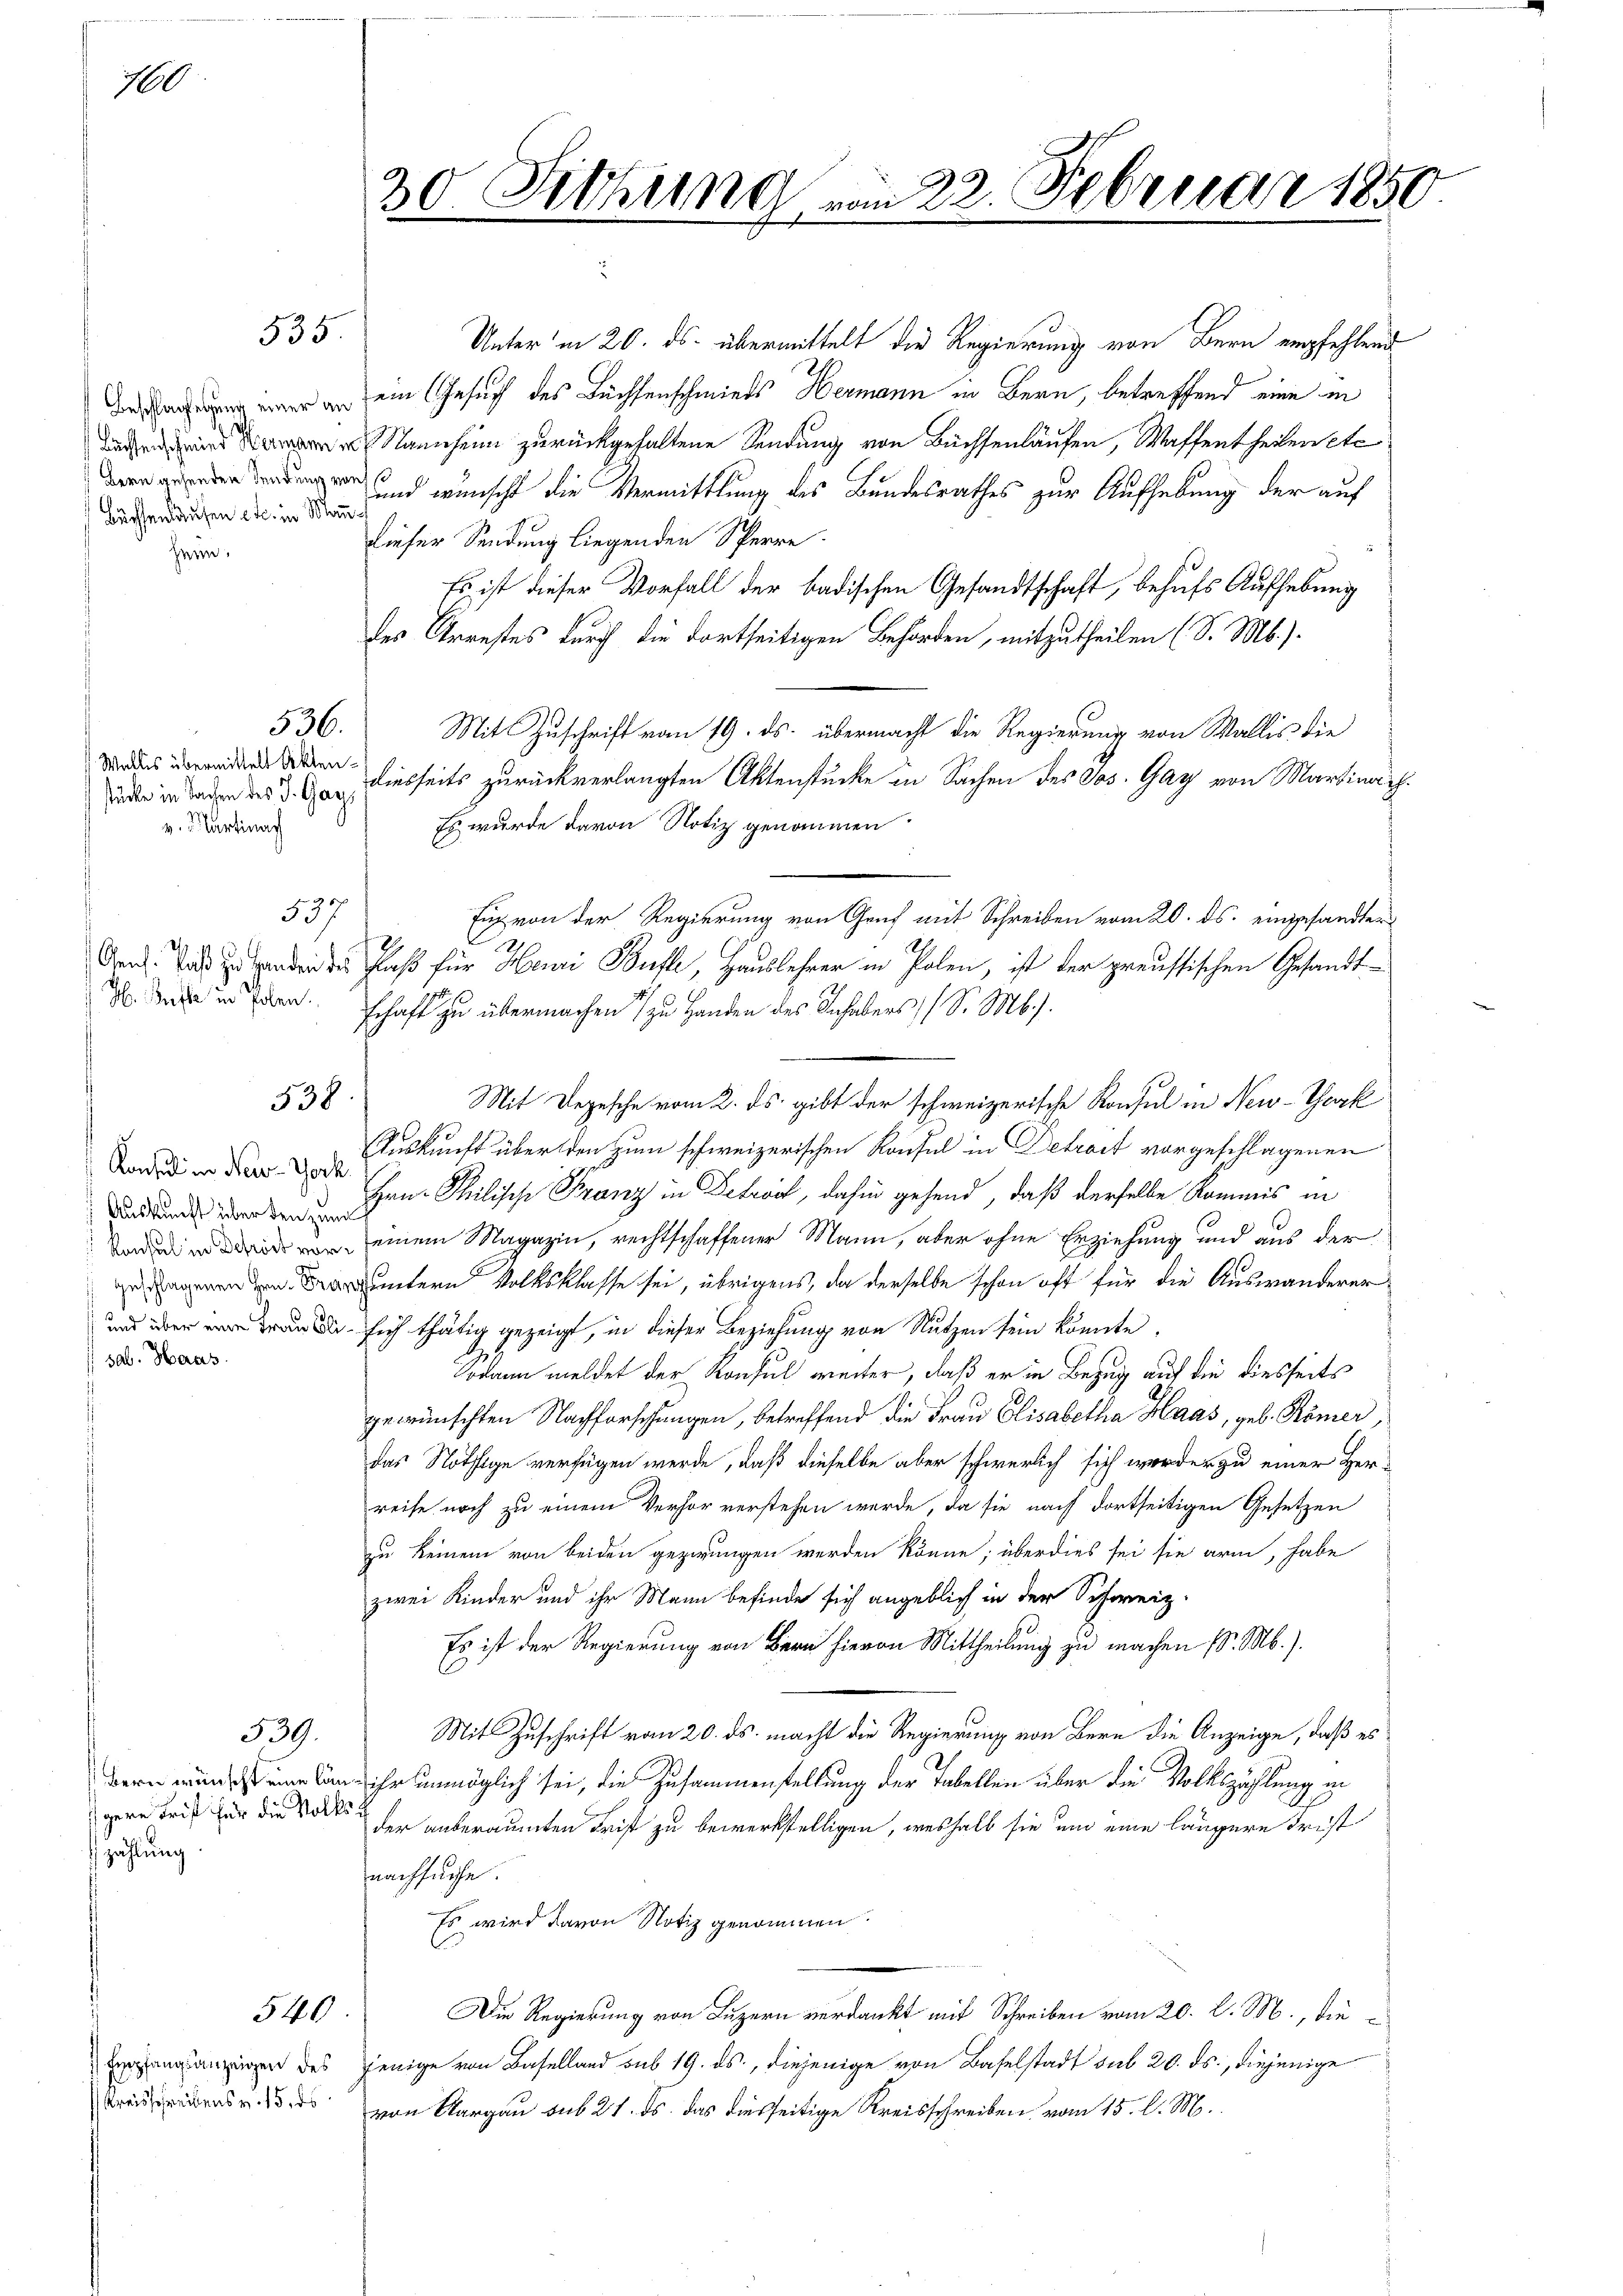
10

Beschlaglegung einer an
lassenschmied Hermann in
Büchsenlaufen etc. in Mann

536.
 Wallis übermittelt Aktenstücke in Sachen des J. Gays
v. Partinach

537
Osent. Daß zu Handen des

hei

sal. Haas

zählung

535.

538

Konsul in New-York
Auskunft über den zum

gere Frist für die Volksg

539.

540

Kreisschreibens v. 15. ds

.

o Fittima vom 22. Februar 1850.

Mit Depesche vom 2. ds. gibt der schweizerische Konsul in New-York

Unter in 20. ds. übermittelt die Regierung von Bern empfehlend
ein Gesuch des Buchsenschmieds Hermann in Bern, betreffend eine in
Nannheim zurückgehaltene Sendung von Büchsenlaufen, Waffentheilen etc
diger und wünscht die Vermittlung des Bundesrathes zur Aufhebung der auf
dieser Sendung liegenden Sperre.
Es ist dieser Vorfall der badischen Gesandtschaft, behufs Aufhebung
des Arrestes durch die dortseitigen Behörden, mitzutheilen (S. Mb.).
Mit Zuschrift vom 19. ds. übermacht die Regierung von Wallis die
diesseits zurückverlangten Aktenstücke in Sachen des Jos. Gay von Martinach.
Es wurde davon Notiz genommen.
Euch von der Regierung von Genf mit Schreiben vom 20. ds. eingesandter
.
Kaß für Heinri Bühle, Hauslehrer in Polen, ist der preussischen Gesandt¬
 den in Jahren. Schaft zu übermachen) zu Handen des Inhabers (S. Mb.).
Auskunft über den zum schweizerischen Konsul in Detract vorgeschlagenen
Hrn. Philische Franz in Betract, dahin gehend, daß derselbe Kommis in
 in einem Magazin, rechtschaffener Mann, aber ohne Erziehung und aus der
 intern Volksklasse sei, übrigens, da derselbe schon oft für die Auswanderer
 sich thätig gezeigt, in dieser Beziehung von Nutzen sein könnte.
Sodann meldet der Konsul weiter, daß er in Bezug auf die diesseits
gewünschten Nachforschungen, betreffend die Frau Elisabetha Haas, geb. Römer,
das Nöthige verfügen werde, daß dieselbe aber schwerlich sich worden zu einer Herreise noch zu einem Verhör verstehen werde, da sie nach dortseitigen Gesetzen
zu keinem von beiden gezwungen werden könne; überdies sei sie arm, habe
zwei Kinder und ihr Mann befinde sich angeblich in der Schweiz.
Es ist der Regierung von Bern hievon Mittheilung zu machen (S. Mb.).
Mit Zuschrift vom 20. ds. macht die Regierung von Bern die Anzeige, daß es
 an ihr unmöglich sei, die Zusammenstellung der Tabellen über die Volkszählung in
der anberaumten Frist zu bewerkstelligen, weshalb sie und eine längere Frist
nachsuche.
Es wird davon Notiz genommen.
Die Regierung von Luzern verdankt mit Schreiben vom 20. d. M., die¬
Eizungsanzeigen des jenige von Baselland sub 19. ds., diejenige von Baselstadt sub 20. ds., diejenige
von Aargau sub 21. ds. das diesseitige Kreisschreiben vom 15. d. M.